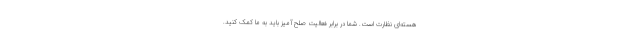
هسته‌ای نظارت است. شما در برابر فعالیت صلح‌آمیز باید به ما کمک کنید.